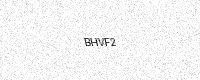
Text: BHVF2